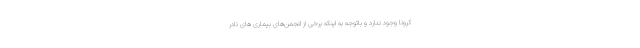
کرونا وجود ندارد و باتوجه به اینکه برخی از انجمن‌های بیماری های نادر